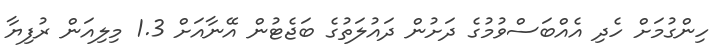
ހިންގުމަށް ހެދި އެއްބަސްވުމުގެ ދަށުން ދައުލަތުގެ ބަޖެޓުން އޭނާއަށް 1.3 މިލިއަން ރުފިޔާ